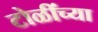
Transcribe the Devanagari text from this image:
टोळींच्या